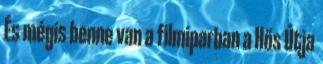
És mégis benne van a filmiparban a Hős Útja